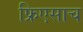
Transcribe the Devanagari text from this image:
फ्रिएसाच